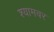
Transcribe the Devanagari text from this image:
श्यामवर